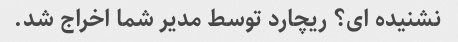
نشنیده ای؟ ریچارد توسط مدیر شما اخراج شد.